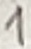
Text: 1